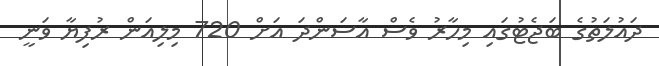
ދައުލަތުގެ ބަޖެޓުގައި މިހާރު ވެސް އާސަންދަ އަށް 720 މިލިއަން ރުފިޔާ ވަނީ